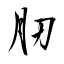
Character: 肕